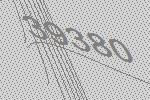
39380